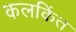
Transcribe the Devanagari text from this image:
कलकिंत